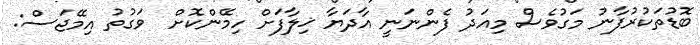
ބޮޑުތަކުރުފާނު މަގުވެސް މިއަދު ފެންނަނީ އާދަޔާ ޚިލާފަށް ހިމޭންކޮށް  ވަގުތު އިމޭޖަސް: